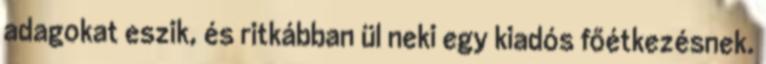
adagokat eszik, és ritkábban ül neki egy kiadós főétkezésnek.